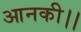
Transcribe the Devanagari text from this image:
आनकी।।